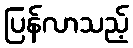
ပြန်လာသည့်